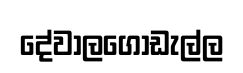
දේවාලගොඩැල්ල